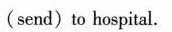
(send)to hospital.